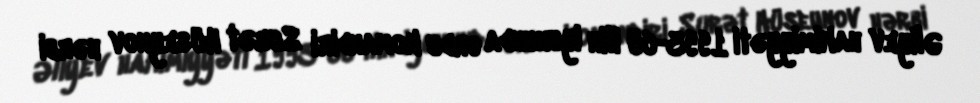
Əliyev hakimiyyəti 1993-cü ilin iyununda ordu komandiri Surət Hüseynov hərbi